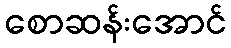
စောဆန်းအောင်